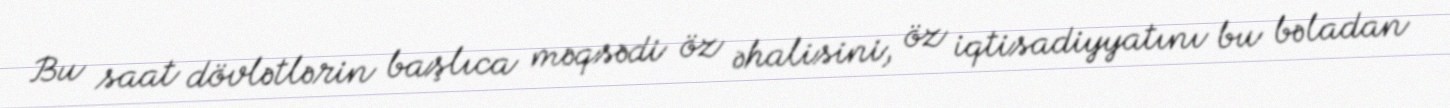
Bu saat dövlətlərin başlıca məqsədi öz əhalisini, öz iqtisadiyyatını bu bəladan